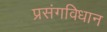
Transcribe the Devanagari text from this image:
प्रसंगविधान